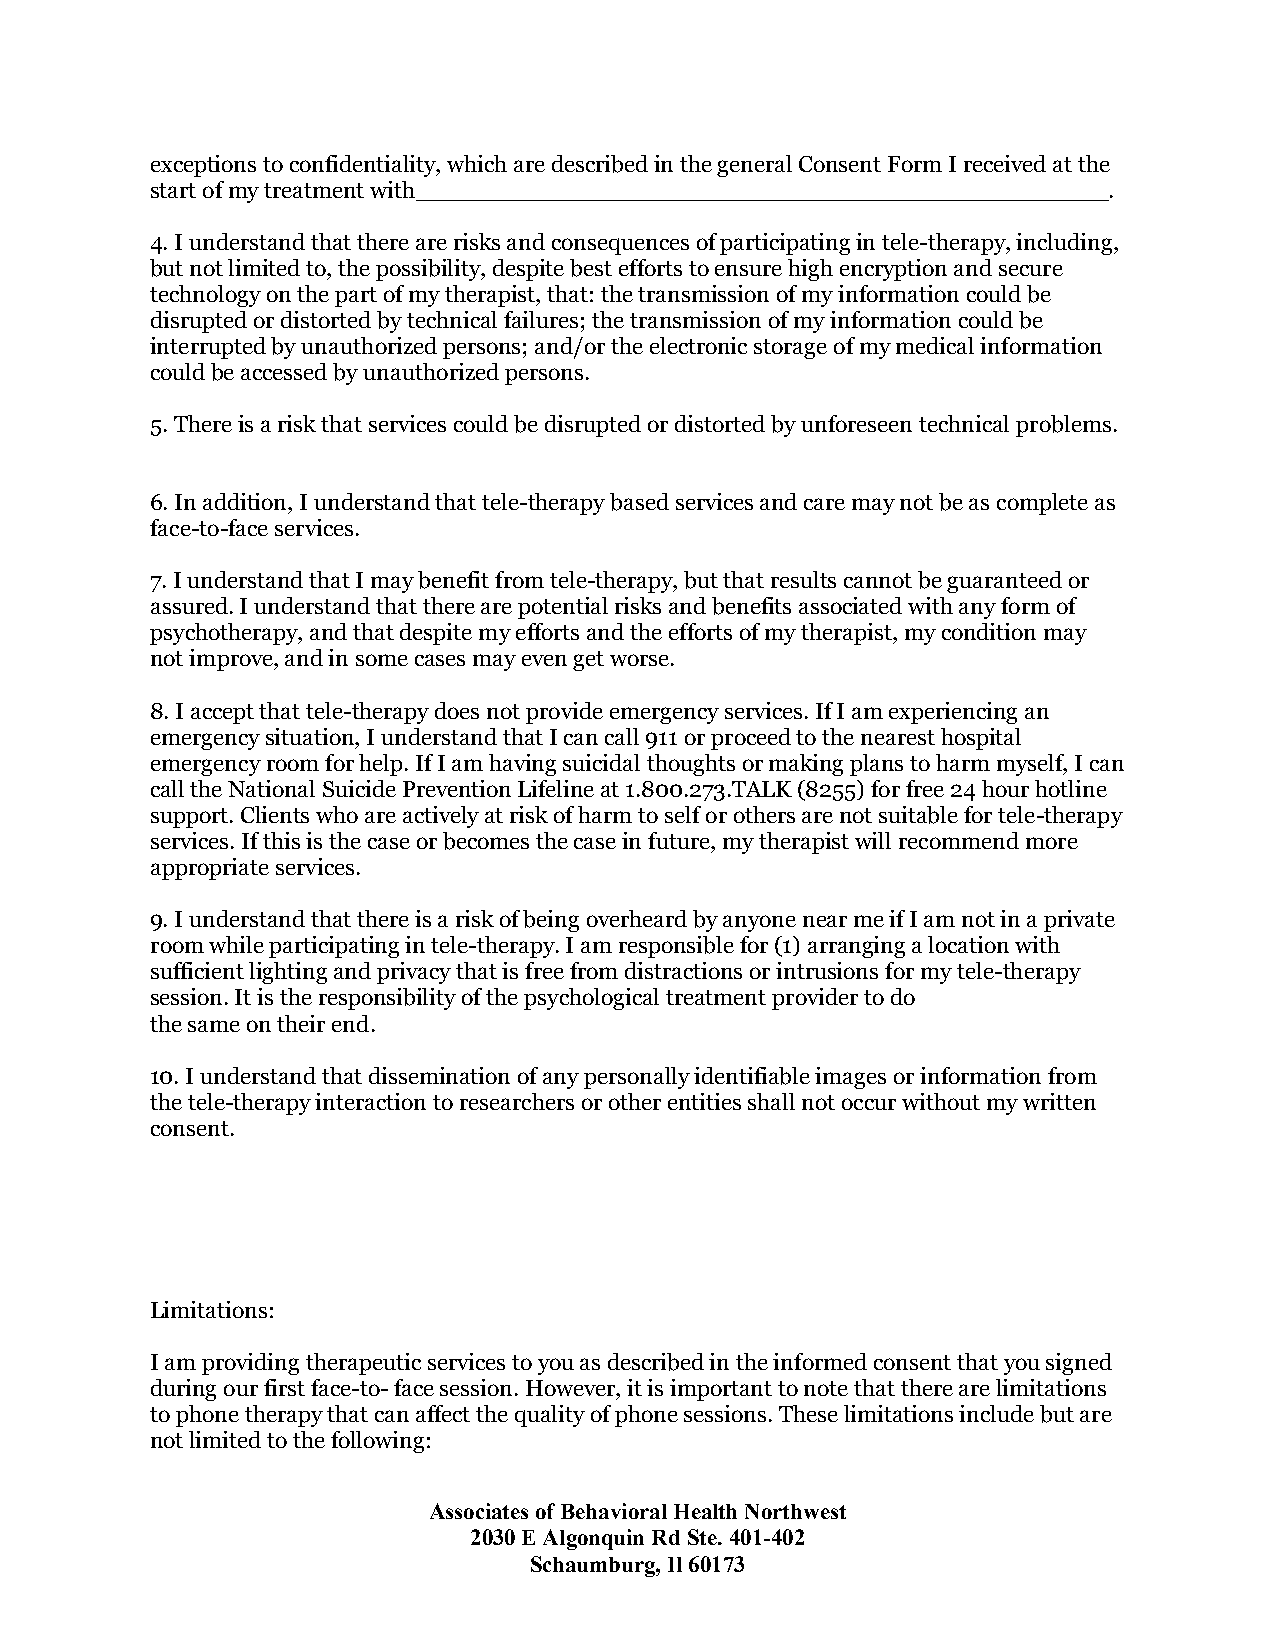
exceptions to confidentiality, which are described in the general Consent Form I received at the
 start of my treatment with_______________________________________________.
 4. I understand that there are risks and consequences of participating in tele-therapy, including,
 but not limited to, the possibility, despite best efforts to ensure high encryption and secure
 technology on the part of my therapist, that: the transmission of my information could be
 disrupted or distorted by technical failures; the transmission of my information could be
 interrupted by unauthorized persons; and/or the electronic storage of my medical information
 could be accessed by unauthorized persons.
 5. There is a risk that services could be disrupted or distorted by unforeseen technical problems.
 6. In addition, I understand that tele-therapy based services and care may not be as complete as
 face-to-face services.
 7. I understand that I may benefit from tele-therapy, but that results cannot be guaranteed or
 assured. I understand that there are potential risks and benefits associated with any form of
 psychotherapy, and that despite my efforts and the efforts of my therapist, my condition may
 not improve, and in some cases may even get worse.
 8. I accept that tele-therapy does not provide emergency services. If I am experiencing an
 emergency situation, I understand that I can call 911 or proceed to the nearest hospital
 emergency room for help. If I am having suicidal thoughts or making plans to harm myself, I can
 call the National Suicide Prevention Lifeline at 1.800.273.TALK (8255) for free 24 hour hotline
 support. Clients who are actively at risk of harm to self or others are not suitable for tele-therapy
 services. If this is the case or becomes the case in future, my therapist will recommend more
 appropriate services.
 9. I understand that there is a risk of being overheard by anyone near me if I am not in a private
 room while participating in tele-therapy. I am responsible for (1) arranging a location with
 sufficient lighting and privacy that is free from distractions or intrusions for my tele-therapy
 session. It is the responsibility of the psychological treatment provider to do
 the same on their end.
 10. I understand that dissemination of any personally identifiable images or information from
 the tele-therapy interaction to researchers or other entities shall not occur without my written
 consent.
 Limitations:
 I am providing therapeutic services to you as described in the informed consent that you signed
 during our first face-to- face session. However, it is important to note that there are limitations
 to phone therapy that can affect the quality of phone sessions. These limitations include but are
 not limited to the following:
 Associates of Behavioral Health Northwest
 2030 E Algonquin Rd Ste. 401-402
 Schaumburg, Il 60173